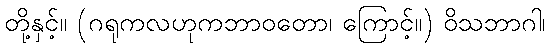
တို့နှင့်။ (ဂရုကလဟုကဘာဝတော၊ ကြောင့်။) ဝိသဘာဂါ၊